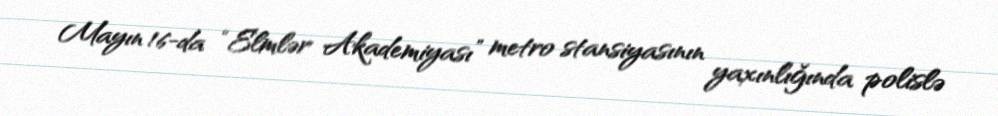
Mayın 16-da “Elmlər Akademiyası” metro stansiyasının yaxınlığında polislə